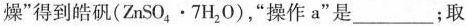
燥”得到皓矾(ZnSO_{4}·7H_{2}O)，”操作a”是___；取